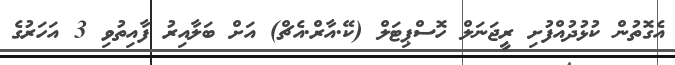
އެގޮތުން ކުޅުދުއްފުށި ރީޖަނަލް ހޮސްޕިޓަލް (ކޭ.އާރް.އެޗް) އަށް ބަލާއިރު ފާއިތުވި 3 އަހަރުގެ